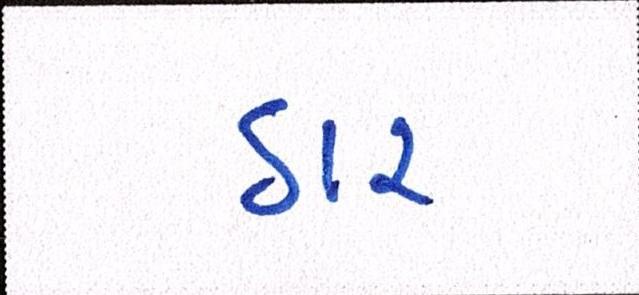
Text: ઠાર